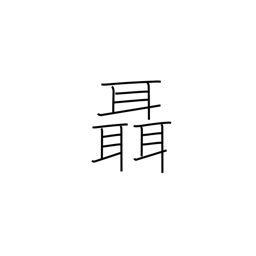
Meaning: whisper